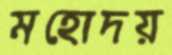
মহোদয়